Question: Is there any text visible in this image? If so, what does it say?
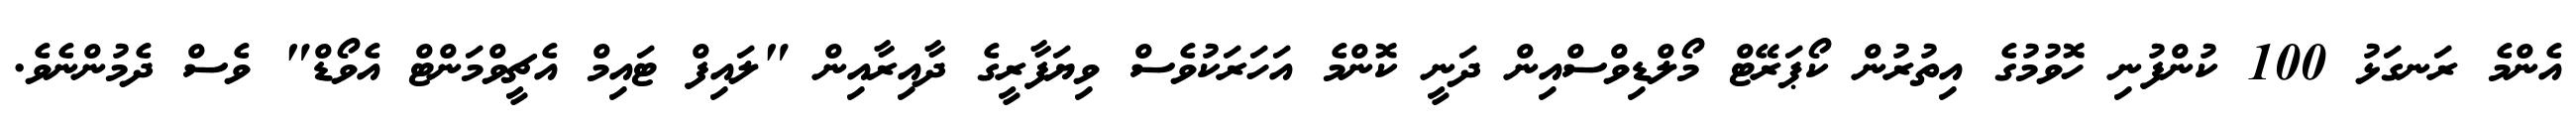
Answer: އެންމެ ރަނގަޅު 100 ކުންފުނި ހޮވުމުގެ އިތުރުން ކޯޕަރޭޓް މޯލްޑިވްސްއިން ދަނީ ކޮންމެ އަހަރަކުވެސް ވިޔަފާރީގެ ދާއިރާއިން "ލައިފް ޓައިމް އެޗީވްމަންޓް އެވޯޑް" ވެސް ދެމުންނެވެ.